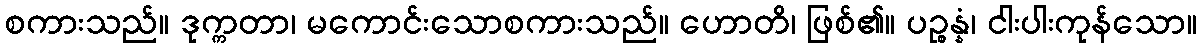
စကားသည်။ ဒုက္ကတာ၊ မကောင်းသောစကားသည်။ ဟောတိ၊ ဖြစ်၏။ ပဉ္စန္နံ၊ ငါးပါးကုန်သော။